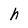
Character: h